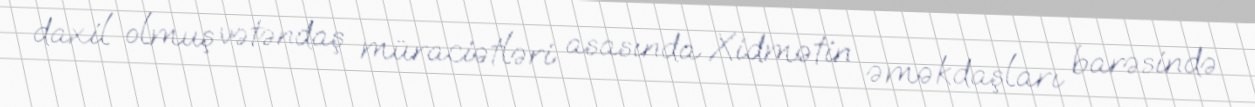
daxil olmuş vətəndaş müraciətləri asasında Xidmətin əməkdaşları barəsində